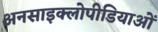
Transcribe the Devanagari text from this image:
अनसाइक्लोपीडियाओं